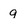
Character: 9